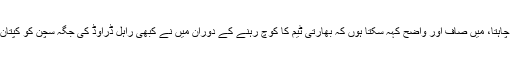
میں زبانی جنگ میں الجھنا نہیں چاہتا، میں صاف اور واضح کہہ سکتا ہوں کہ بھارتی ٹیم کا کوچ رہنے کے دوران میں نے کبھی راہل ڈراوڈ کی جگہ سچن کو کپتان بنانے کی کوشش نہیں کی تھی۔